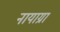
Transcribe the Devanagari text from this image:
नायाग्रा